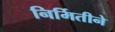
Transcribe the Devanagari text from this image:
निर्मितीने